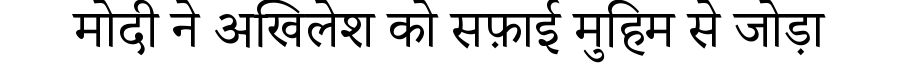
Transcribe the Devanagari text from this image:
मोदी ने अखिलेश को सफ़ाई मुहिम से जोड़ा